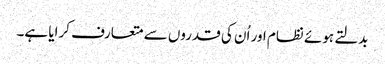
بدلتے ہوئے نظام اور اُن کی قدروں سے متعارف کرایا ہے۔